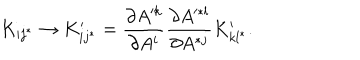
K _ { i j ^ { * } } \rightarrow K _ { i j ^ { * } } ^ { \prime } = { \frac { \partial A ^ { k } } { \partial A ^ { i } } } { \frac { \partial A ^ { * l } } { \partial A ^ { * j } } } K _ { k l ^ { * } } ^ { \prime } .